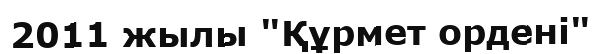
2011 жылы "Құрмет ордені"